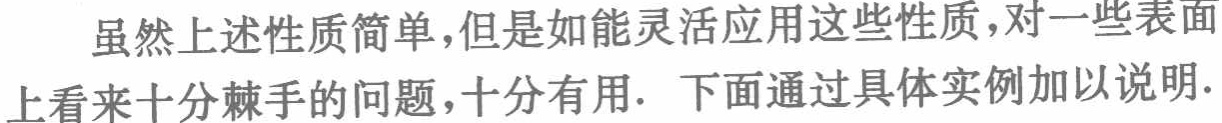
虽然上述性质简单，但是如能灵活应用这些性质，对一些表面上看来十分棘手的问题，十分有用. 下面通过具体实例加以说明.